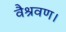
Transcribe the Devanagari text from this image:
वैश्रवण।